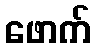
ဖောက်